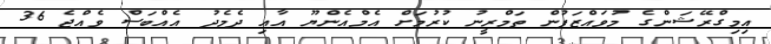
އިމިގްރޭޝަންގެ މުވައްޒަފުން ތަމްރީނު ކުރުމަށް އެމްއެންޔޫ އާއި ދެމެދު އެއްބަސް ވެއްޖެ 36